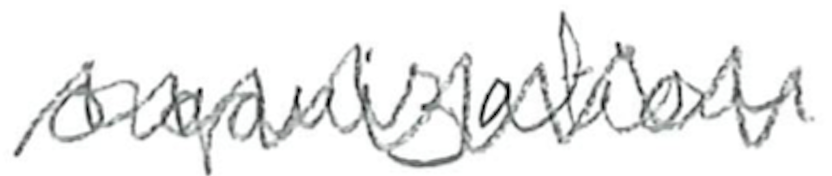
Text: organization
Cross-out: zig-zag
Writing tool: pencil